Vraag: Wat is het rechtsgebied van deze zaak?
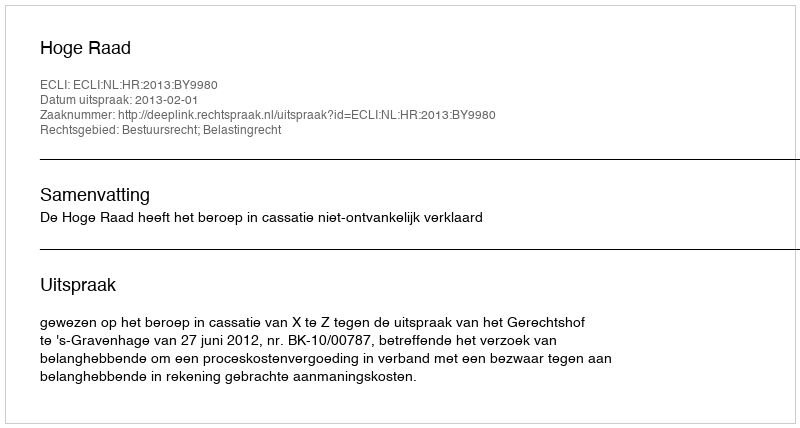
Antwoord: Bestuursrecht; Belastingrecht